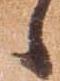
候